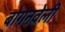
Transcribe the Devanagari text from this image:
बोगनवेली